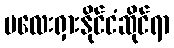
မလေးရှားနိုင်ငံဆိုင်ရာ